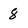
Character: 8